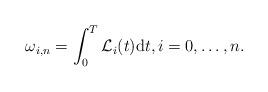
LaTeX: \begin{align*}\omega_{i,n}=\int_{0}^{T}\mathcal{L}_{i}(t)\mathrm{d}t, i=0, \ldots, n.\end{align*}